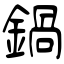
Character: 鍋